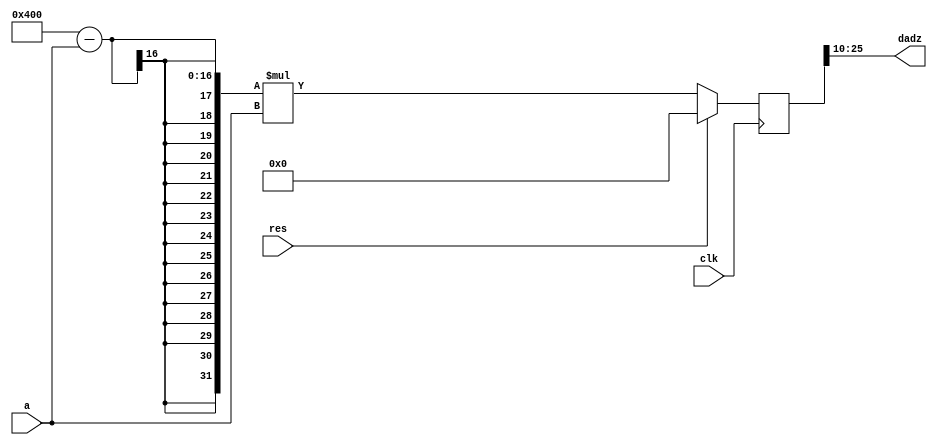
// This program was cloned from: https://github.com/weenslab/fpga101
// License: MIT License

`timescale 1ns / 1ps
//////////////////////////////////////////////////////////////////////////////////
// Company: Kyushu Institute of Technology
// 
// Design Name:    Neural Network (using backpropagation)
// Module Name:    dadz 
// Project Name:   LSI Design Contest in Okinawa 2018
// Target Devices: 
// Tool versions: 
//
//	Description:
//		Calculation of differential a
// 
// Input:(i=1,2,3 , j=1,2)
//		clk		    : 1 bit
//		reset		: 1 bit : high active
//  	a	 		: 16 bits 00_0000.0000_0000_00 signed : input value
//
// Output:(i=1,2,3 , j=1,2)
//  	dadz		: 16 bits 00_0000.0000_0000_00 signed : differential of a
//  	(a : sigmoid function)
//  	da/dz=(1/(1+e^(?z) ))=(a?1)a
// Latency:
//
//	Dependencies: 
// 
// Revision: 
// Revision 0.01 - File Created
// Additional Comments: 
//
//////////////////////////////////////////////////////////////////////////////////
module dadz(clk,res, a,dadz);
   input					clk;
	input					res;
	input signed 	[15:0]		a;
	output signed 	[15:0]		dadz;
	
	reg signed		[31:0]		tmp_dadz;
	
	always@(posedge clk)
	begin
		if (res == 1'b1)
			tmp_dadz = 0;
		else
			tmp_dadz = (16'b00_0001_0000_0000_00 - a) * a;
	end

	assign  dadz = tmp_dadz[25:10];
	
endmodule